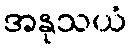
အနုသယံ